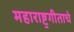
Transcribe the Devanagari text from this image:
महाराष्ट्रगीताचे